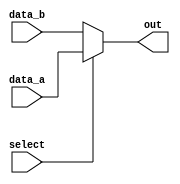
module conditional_assignment (
    input wire [7:0] data_a,  // First data input
    input wire [7:0] data_b,  // Second data input
    input wire select,        // Control signal
    output wire [7:0] out     // Output signal
);

// Continuous assignment using ternary operator
assign out = (select) ? data_a : data_b;

endmodule